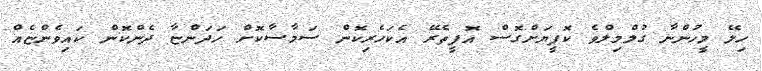
ހިލޭ މީހުންނާ ގުލްމިލްވެ ކޮފީޔަށްގޮސް އޮފީތެރޭ އެކަހެރިކޮން ސަމާސާކޮށް ހަދަންޏާ ދެންކޮން ކައިވެންޏެއް